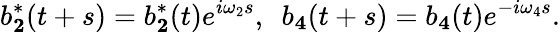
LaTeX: b_{\mathbf 2}^{*}(t+s)=b_{\mathbf 2}^{*}(t)e^{i\omega_{2}s},\ \ b_{\mathbf 4}(t+s)=b_{\mathbf 4}(t)e^{-i\omega_{4}s}.